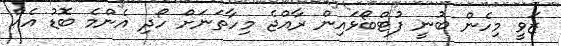
ޒަވީ މިހެން ބުނީ ފުޓްބޯޅައިން ރާއްޖެ މިހާތަނަށް ހޯދި އެންމެ ބޮޑު އެއް